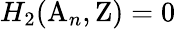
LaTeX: H_{2}(\mathrm{A}_{n},\mathrm{Z})=0